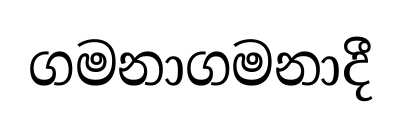
ගමනාගමනාදී